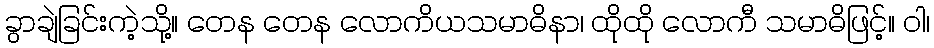
ခွာချဲခြင်းကဲ့သို့။ တေန တေန လောကိယသမာဓိနာ၊ ထိုထို လောကီ သမာဓိဖြင့်။ ဝါ၊